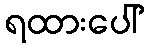
ရထားပေါ်